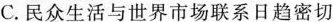
C.民众生活与世界市场联系日趋密切